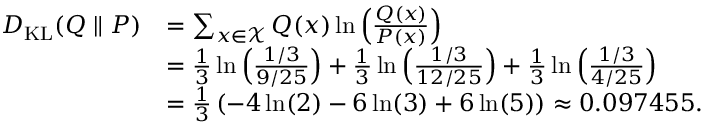
{ \begin{array} { r l } { D _ { \mathrm { K L } } ( Q \parallel P ) } & { = \sum _ { x \in { \mathcal { X } } } Q ( x ) \ln \left( { \frac { Q ( x ) } { P ( x ) } } \right) } \\ & { = { \frac { 1 } { 3 } } \ln \left( { \frac { 1 / 3 } { 9 / 2 5 } } \right) + { \frac { 1 } { 3 } } \ln \left( { \frac { 1 / 3 } { 1 2 / 2 5 } } \right) + { \frac { 1 } { 3 } } \ln \left( { \frac { 1 / 3 } { 4 / 2 5 } } \right) } \\ & { = { \frac { 1 } { 3 } } \left( - 4 \ln ( 2 ) - 6 \ln ( 3 ) + 6 \ln ( 5 ) \right) \approx 0 . 0 9 7 4 5 5 . } \end{array} }